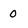
Character: 0